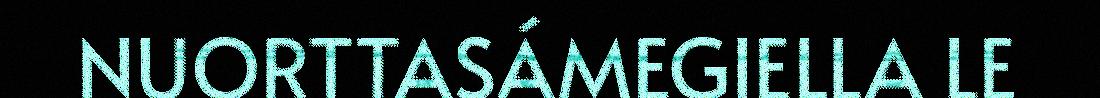
NUORTTASÁMEGIELLA LE